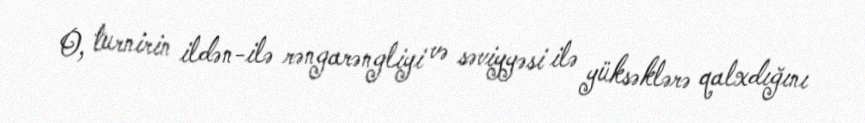
O, turnirin ildən-ilə rəngarəngliyi və səviyyəsi ilə yüksəklərə qalxdığını